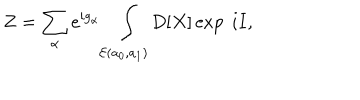
LaTeX: Z = \sum _ { \alpha } e ^ { i g _ { \alpha } } \int _ { { \cal E } ( a _ { 0 } , a _ { 1 } ) } D [ X ] \exp \ i I ,